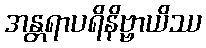
အန္တရာပရိနိဗ္ဗာယိဿ